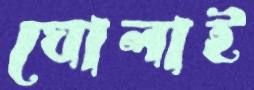
ঘোলাই